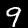
Digit: 9